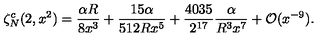
\zeta _ { N } ^ { c } ( 2 , x ^ { 2 } ) = \frac { \alpha R } { 8 x ^ { 3 } } + \frac { 1 5 \alpha } { 5 1 2 R x ^ { 5 } } + \frac { 4 0 3 5 } { 2 ^ { 1 7 } } \frac { \alpha } { R ^ { 3 } x ^ { 7 } } + { \cal O } ( x ^ { - 9 } ) { . }